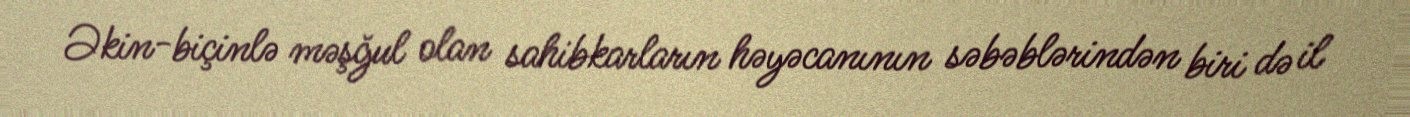
Əkin-biçinlə məşğul olan sahibkarların həyəcanının səbəblərindən biri də il